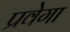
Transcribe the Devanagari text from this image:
प्रवेगा